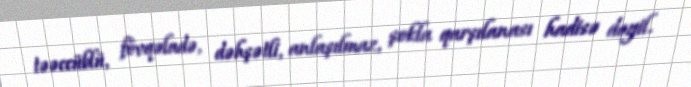
təəccüblü, fövqəladə, dəhşətli, anlaşılmaz, şokla qarşılanası hadisə deyil.